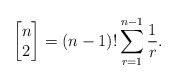
\begin{align*}\left [ \begin{matrix}n\\ 2 \end{matrix}\right]=(n-1)! \sum_{r=1}^{n-1} \frac{1}{r}.\end{align*}